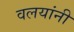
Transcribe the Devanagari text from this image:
वलयांनी